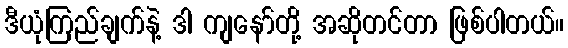
ဒီယုံကြည်ချက်နဲ့ ဒါ ကျနော်တို့ အဆိုတင်တာ ဖြစ်ပါတယ်။